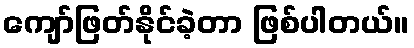
ကျော်ဖြတ်နိုင်ခဲ့တာ ဖြစ်ပါတယ်။